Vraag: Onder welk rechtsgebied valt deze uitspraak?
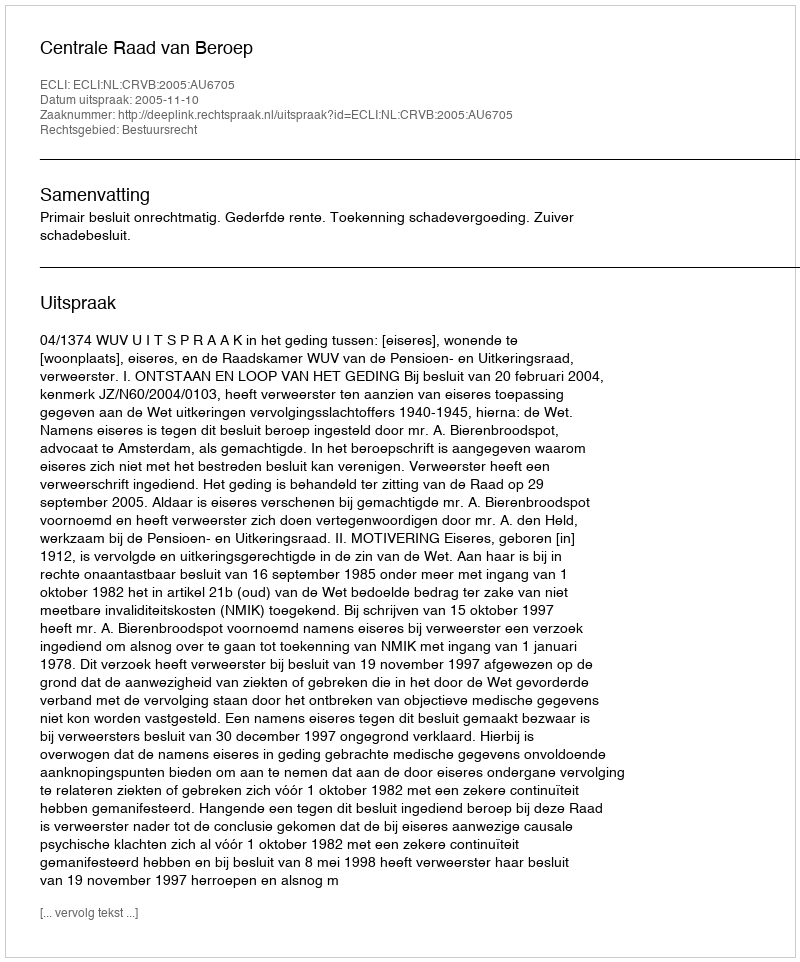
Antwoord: Bestuursrecht